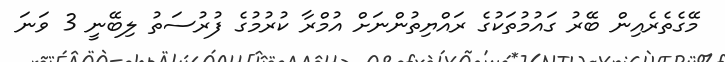
މޭގެތެރެއިން ބޭރު ގައުމުތަކުގެ ރައްޔިތުންނަށް އުމްރާ ކުރުމުގެ ފުރުސަތު ލިބޭނީ 3 ވަނަ